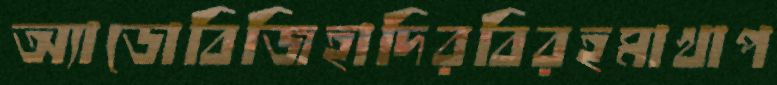
অ্যাডোবিজিহাদিরবিরহমাখাপ